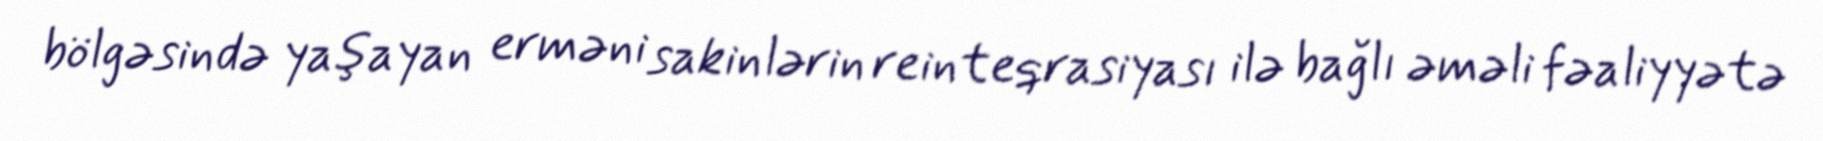
bölgəsində yaşayan erməni sakinlərin reinteqrasiyası ilə bağlı əməli fəaliyyətə